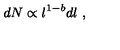
d N \propto l ^ { 1 - b } d l \mathrm { \ } ,